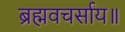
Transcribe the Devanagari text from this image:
ब्रह्मवचर्साय॥